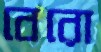
বেরো